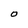
Character: O